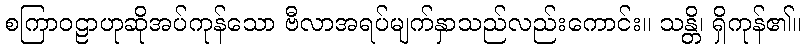
စကြာဝဠာဟုဆိုအပ်ကုန်သော ဗီလာအရပ်မျက်နှာသည်လည်းကောင်း။ သန္တိ၊ ရှိကုန်၏။